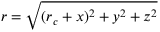
r = \sqrt { ( r _ { c } + x ) ^ { 2 } + y ^ { 2 } + z ^ { 2 } }